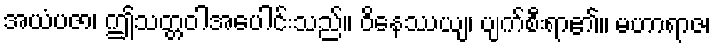
အယံပဇာ၊ ဤသတ္တဝါအပေါင်းသည်။ ဝိနေဿယျ၊ ပျက်စီးရာ၏။ မဟာရာဇ၊